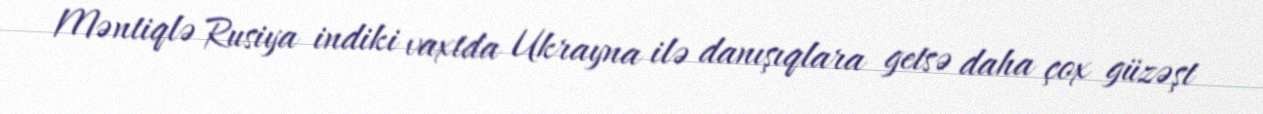
Məntiqlə Rusiya indiki vaxtda Ukrayna ilə danışıqlara getsə daha çox güzəşt